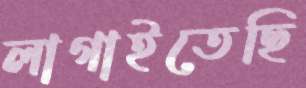
লাগাইতেছি